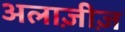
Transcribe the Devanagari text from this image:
अलाज़ीज़